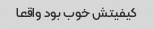
کیفیتش خوب بود واقعا